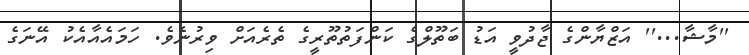
''މާޝާ...'' އަޒްޔާންގެ ޖާދުވީ އަޑު ބަތޫލްގެ ކަންފަތުތޫރީގެ ތެރެއަށް ވިރުނެވެ. ހަމައެއާއެކު އޭނަގެ